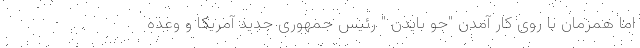
اما همزمان با روی کار آمدن "جو بایدن " رئیس جمهوری جدید آمریکا و وعده